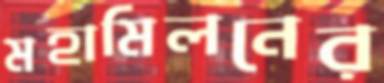
মহামিলনের